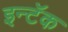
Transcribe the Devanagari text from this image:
इन्टॅक